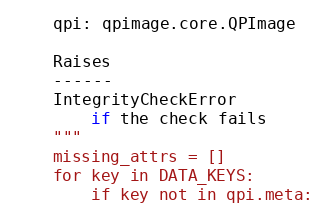
Language: Python
    qpi: qpimage.core.QPImage

    Raises
    ------
    IntegrityCheckError
        if the check fails
    """
    missing_attrs = []
    for key in DATA_KEYS:
        if key not in qpi.meta: